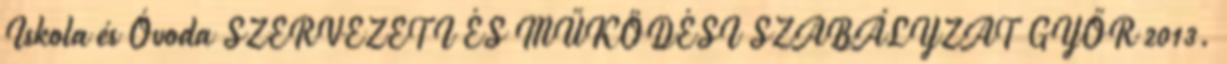
Iskola és Óvoda SZERVEZETI ÉS MŰKÖDÉSI SZABÁLYZAT GYŐR 2013.